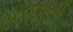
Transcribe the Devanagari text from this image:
वृहदतम